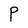
Character: P